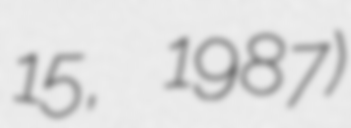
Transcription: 15, 1987)